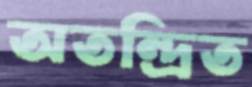
অতন্দ্রিত